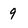
Character: 9